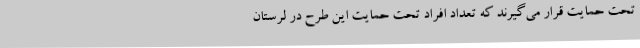
تحت حمایت قرار می‌گیرند که تعداد افراد تحت حمایت این طرح در لرستان